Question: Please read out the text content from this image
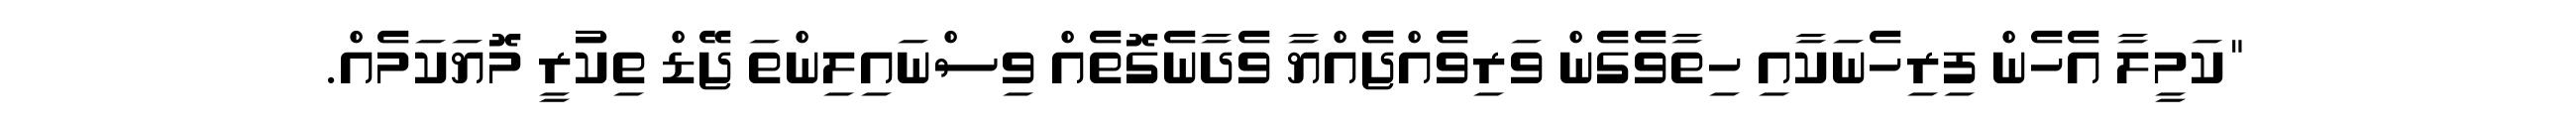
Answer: "ކަމީލާ އެހެން ފިރިހެނަކާއި ހިތާވެގެން ވަރިވެއްޖެއްޔާ ވެދާނެގޮތެއް ވިސްނައިލިންތަ ޖޭޑް ތިކުރީ މޮޔަކަމެއް.